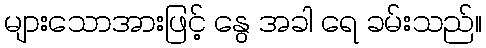
များသောအားဖြင့် နွေ အခါ ရေ ခမ်းသည်။